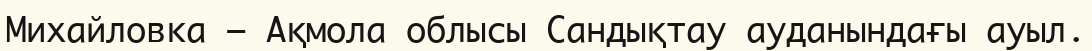
Михайловка — Ақмола облысы Сандықтау ауданындағы ауыл.